Plague in India, 1896, 1897 - Volume 2
Year: 1896
Disease focus: Plague
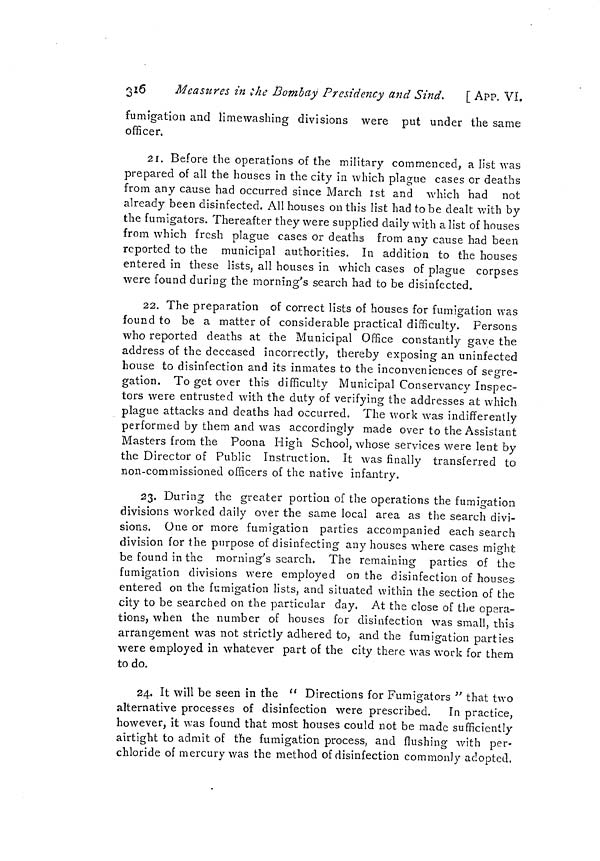
3x6
Measures in the Bombay Presidency and Sind. [ APP. VI.
fumigation and limewashing divisions were put under the same
officer.
21. Before the operations of the military commenced, a list was
prepared of all the houses in the city in which plague cases or deaths
from any cause had occurred since March 1st and which had not
already been disinfected. All houses on this list had to be dealt with by
the fumigators. Thereafter they were supplied daily with a list of houses
from which fresh plague cases or deaths from any cause had been
reported to the municipal authorities. In addition to the houses
entered in these lists, all houses in which cases of plague corpses
were found during the morning's search had to be disinfected.
22. The preparation of correct lists of houses for fumigation was
found to be a matter of considerable practical difficulty. Persons
who reported deaths at the Municipal Office constantly gave the
address of the deceased incorrectly, thereby exposing an uninfected
house to disinfection and its inmates to the inconveniences of segre-
gation. To get over this difficulty Municipal Conservancy Inspec-
tors were entrusted with the duty of verifying the addresses at which
plague attacks and deaths had occurred. The work was indifferently
performed by them and was accordingly made over to the Assistant
Masters from the Poona High School, whose services were lent by
the Director of Public Instruction. It was finally transferred to
non-commissioned officers of the native infantry.
23. During the greater portion of the operations the fumigation
divisions worked daily over the same local area as the search divi-
sions. One or more fumigation parties accompanied each search
division for the purpose of disinfecting any houses where cases might
be found in the morning's search. The remaining parties of the
fumigation divisions were employed on the disinfection of houses
entered on the fumigation lists, and situated within the section of the
city to be searched on the particular day. At the close of the opera-
tions, when the number of houses for disinfection was small, this
arrangement was not strictly adhered to, and the fumigation parties
were employed in whatever part of the city there was work for them
to do.
24. It will be seen in the " Directions for Fumigators " that two
alternative processes of disinfection were prescribed.
In practice,
however, it was found that most houses could not be made sufficiently
airtight to admit of the fumigation process, and flushing with per-
chloride of mercury was the method of disinfection commonly adopted.